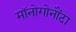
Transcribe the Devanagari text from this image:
मॉनोगोनौंटा